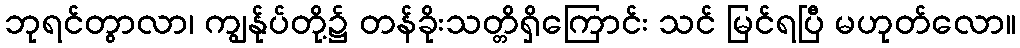
ဘုရင်တွာလာ၊ ကျွန်ုပ်တို့၌ တန်ခိုးသတ္တိရှိကြောင်း သင် မြင်ရပြီ မဟုတ်လော။